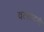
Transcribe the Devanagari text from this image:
वत्सादनी